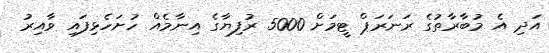
އަދި އެ މުބާރާތުގެ ރަނަރަޕް ޓީމަށް 5000 ރުފިޔާގެ އިނާމެއް ހުށަހެޅިފައި ވާއިރު